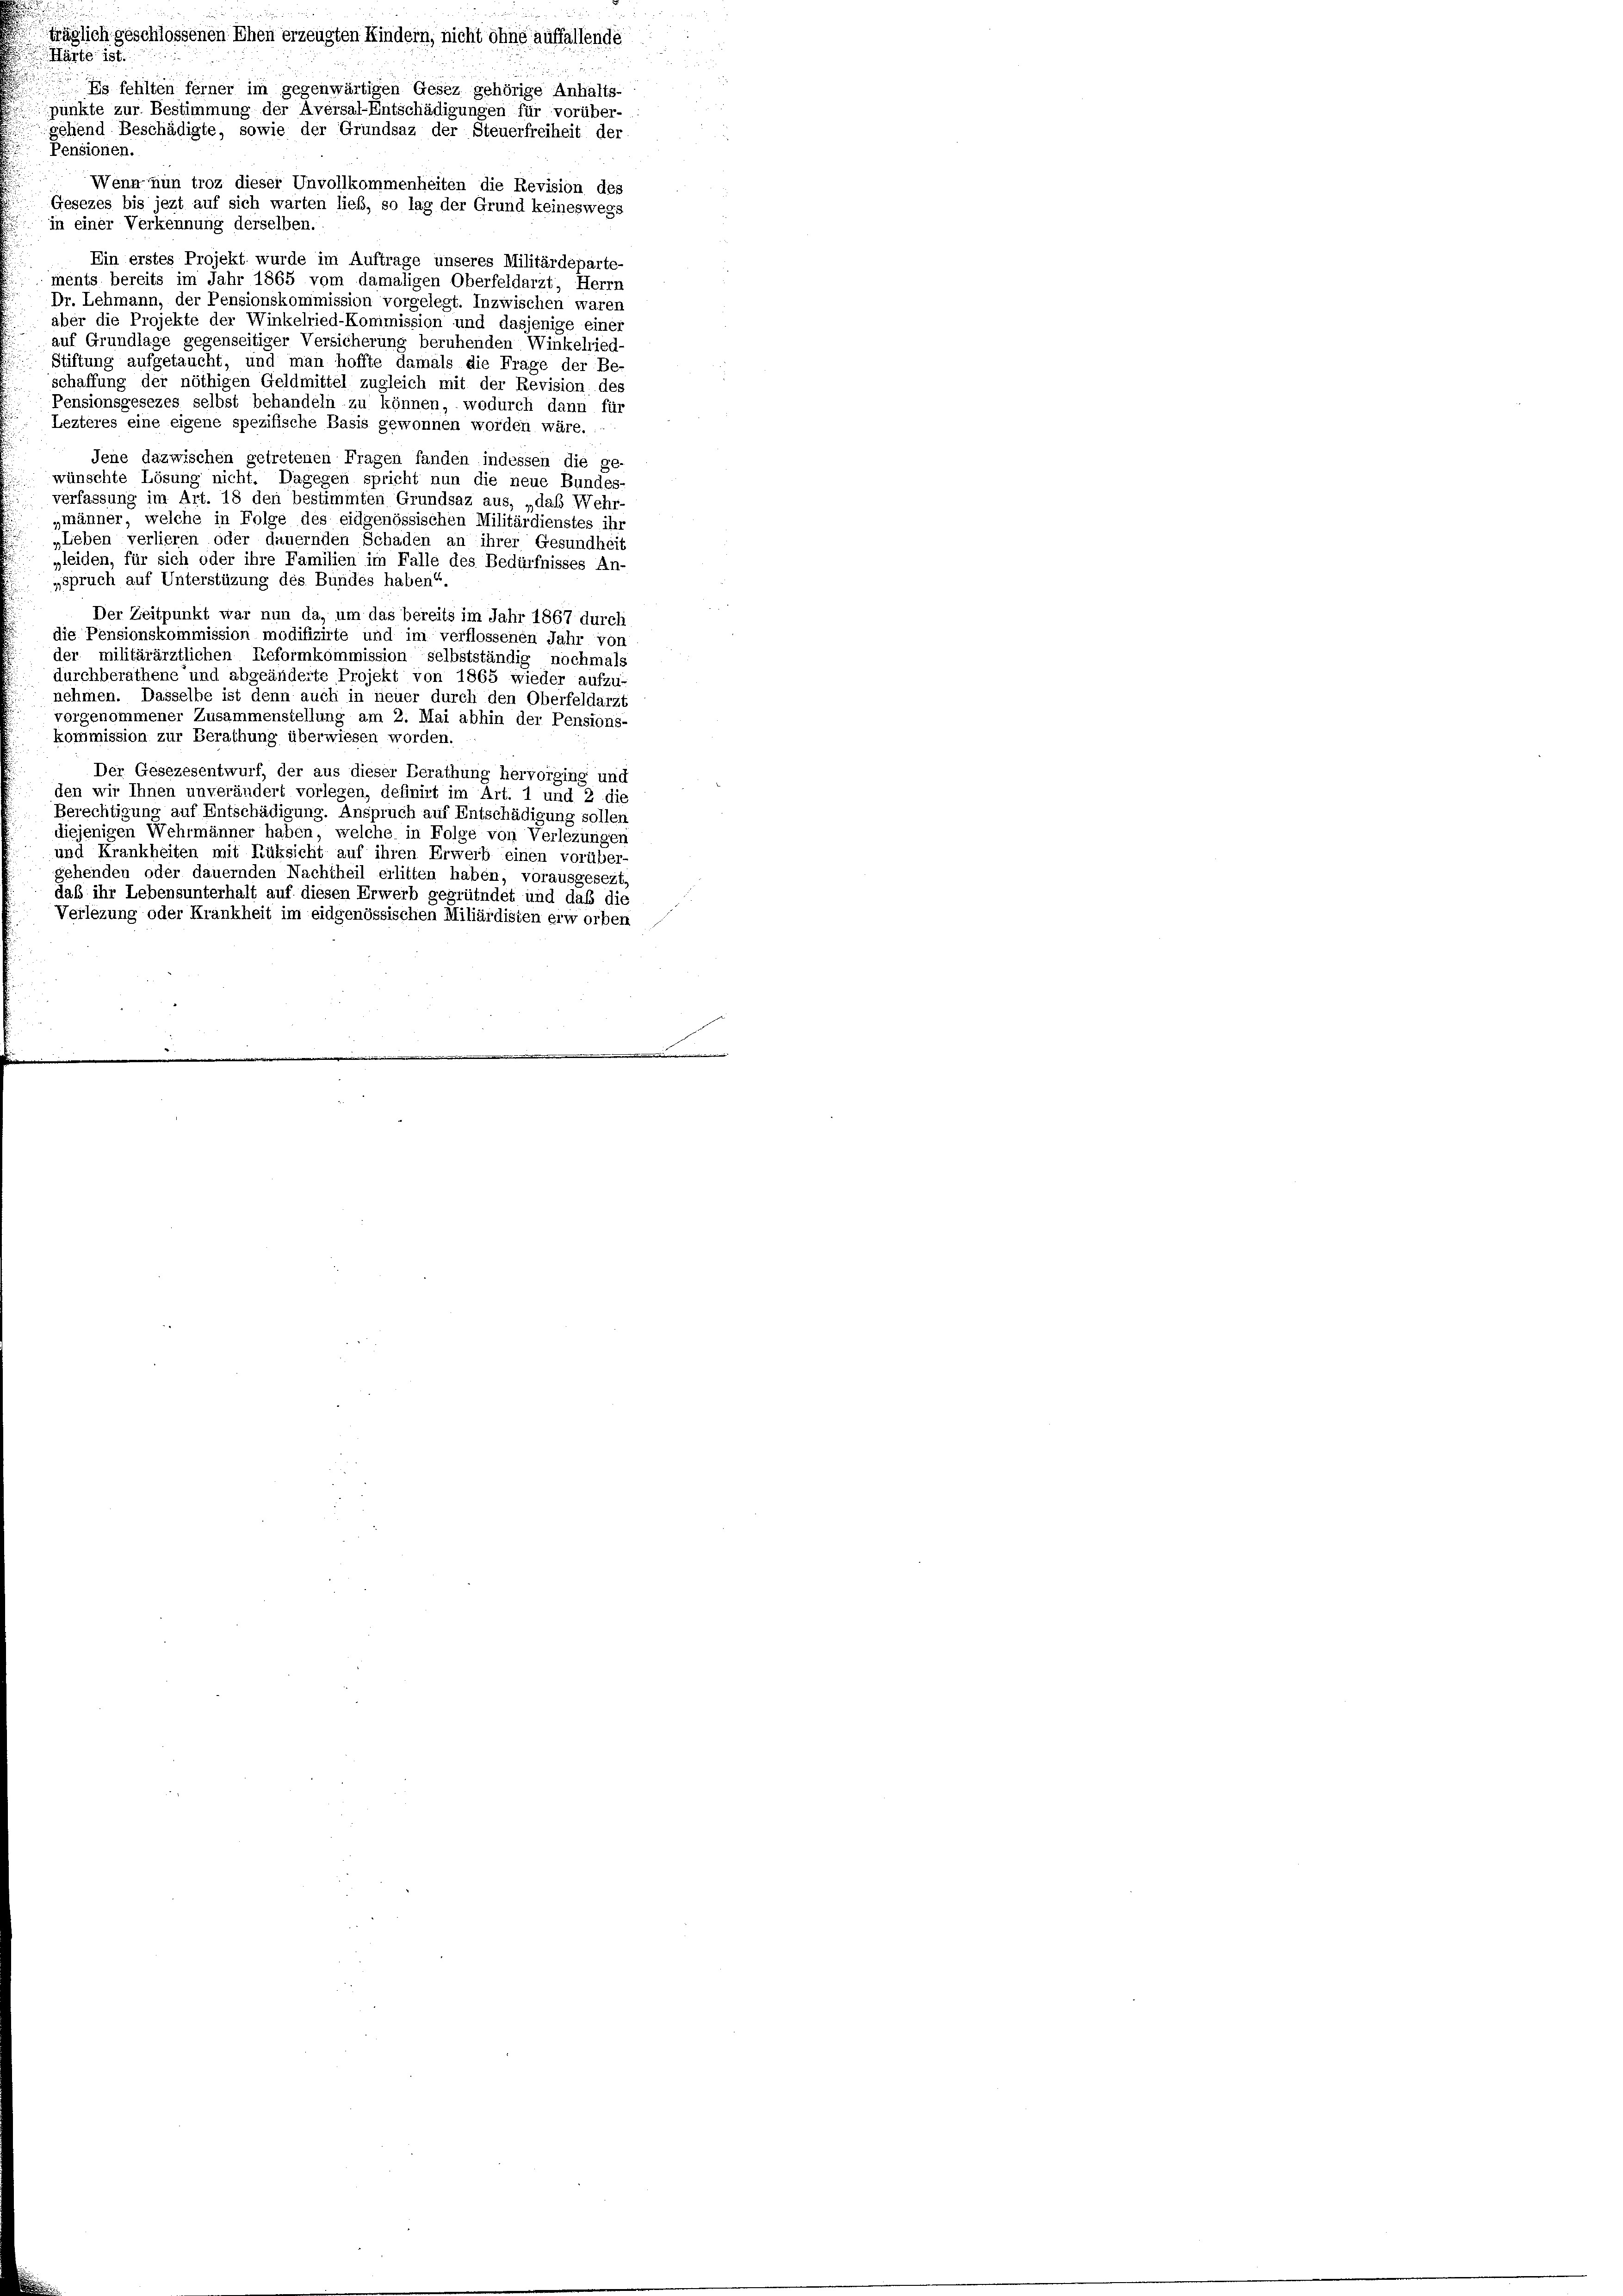
Härte ist.
Pensionen.
Wenn nun troz dieser Unvollkommenheiten die Revision des
Gesezes bis jezt auf sich warten lieb, so lag der Grund keineswegs
in einer Verkennung derselben.
Ein erstes Projekt wurde im Auftrage unseres Militärdeparte
ments bereits im Jahr 1865 vom damaligen Oberfeldarzt, Herrn
Dr. Lehmann, der Pensionskommission vorgelegt. Inzwischen waren
aber die Projekte der Winkelried-Kommission und dasjenige eines
auf Grundlage gegenseitiger Versicherung beruhenden Winkelried-
Stiftung aufgetaucht, und man hoffte damals die Frage der Be
schaffung der nöthigen Geldmittel zugleich mit der Revision des
Pensionsgesezes selbst behandeln zu können, wodurch dann für
Lezteres eine eigene spezifische Basis gewonnen worden wäre.
Jene dazwischen getretenen Fragen fanden indessen die ge-
wünschte Lösung nicht. Dagegen spricht nun die neue Bundes-
verfassung im Art. 18 den bestimmten Grundsaz aus, „daß Wehr-
„männer, welche in Folge des eidgenössischen Militärdienstes ihr
„Leben verlieren oder dauernden Schaden an ihrer Gesundheit
„leiden, für sich oder ihre Familien im Falle des Bedürfnisses An-
spruch auf Unterstüzung des Bundes haben“
Der Zeitpunkt war nun da, um das bereits im Jahr 1867 durch
die Pensionskommission modifizirte und im verflossenen Jahr von
der militärärztlichen Reformkommission selbstständig nochmals
durchberathene und abgeänderte Projekt von 1865 wieder aufzu-
nehmen. Dasselbe ist denn auch in neuer durch den Oberfeldarzt
vorgenommener Zusammenstellung am 2. Mai abhin der Pensions-
kommission zur Berathung überwiesen worden.
Der Gesezesentwurf, der aus dieser Berathung hervorging und
den wir Ihnen unverändert vorlegen, definirt im Art. 1 und 2 die
Berechtigung auf Entschädigung. Anspruch auf Entschädigung sollen
diejenigen Wehrmänner haben, welche in Folge von Verlegungen
und Krankheiten mit Rüksicht auf ihren Erwerb einen vorüber-
gehenden oder dauernden Nachtheil erlitten haben, vorausgesezt
daß ihr Lebensunterhalt auf diesen Erwerb gegründet und daß die
Verlezung oder Krankheit im eidgenössischen Miliärdisten erworben

träglich geschlossenen Ehen erzeugten Kindern, nicht ohne auffallende
Es fehlten ferner im gegenwärtigen Gesez gehörige Anhalts-
pünkte zur Bestimmung der Aversal-Entschädigungen für vorüber-
gehend Beschädigte, sowie der Grundsaz der Steuerfreiheit der